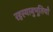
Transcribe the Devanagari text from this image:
रहस्यानुभूतियाँ